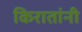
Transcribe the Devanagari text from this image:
किरातांनी